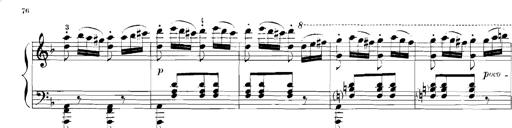
Title: Rhapsodies hongroises
Composer: Franz Liszt